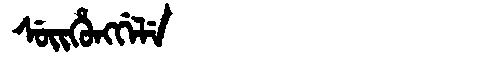
Manchu: ᠰᡠᡳᡥᡠᠩᡤᡝᠯᡝ
Romanization: SUIHUNGGELE